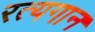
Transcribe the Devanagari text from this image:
रत्यगान